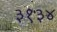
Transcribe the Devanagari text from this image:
३१३४